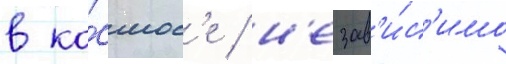
в ко́смос'е / н'езав'и́с'имо